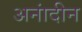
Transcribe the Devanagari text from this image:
अनांदीन